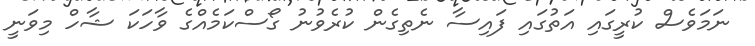
ނަމަވެސް ކުރީގައި އަތުގައި ފައިސާ ނެތިގެން ކުރެވުނު ގޯސްކަމެއްގެ ވާހަކަ ޝާހް މިވަނީ